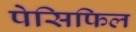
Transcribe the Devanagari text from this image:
पेसिफिल